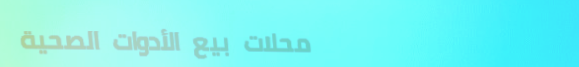
محلات بيع الأدوات الصحية